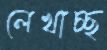
লেখাচ্ছ